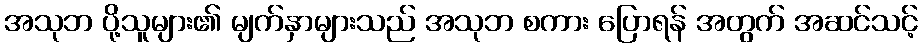
အသုဘ ပို့သူများ၏ မျက်နှာများသည် အသုဘ စကား ပြောရန် အတွက် အဆင်သင့်